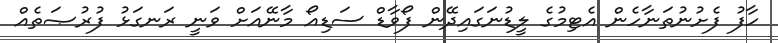
ހާފު ފެށުނުތަނާހެން އެޓިމުގެ ލީޑުނަގައިދޭން ފޯވާޑް ސަޑިއޯ މާނޭއަށް ވަނީ ރަނގަޅު ފުރުޞަތެއް